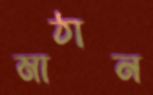
মাঠান